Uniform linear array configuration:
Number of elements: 8
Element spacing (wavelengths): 0.5
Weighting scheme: binomial
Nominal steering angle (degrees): -60
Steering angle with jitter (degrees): -59.536
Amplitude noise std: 0.05
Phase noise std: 0.05

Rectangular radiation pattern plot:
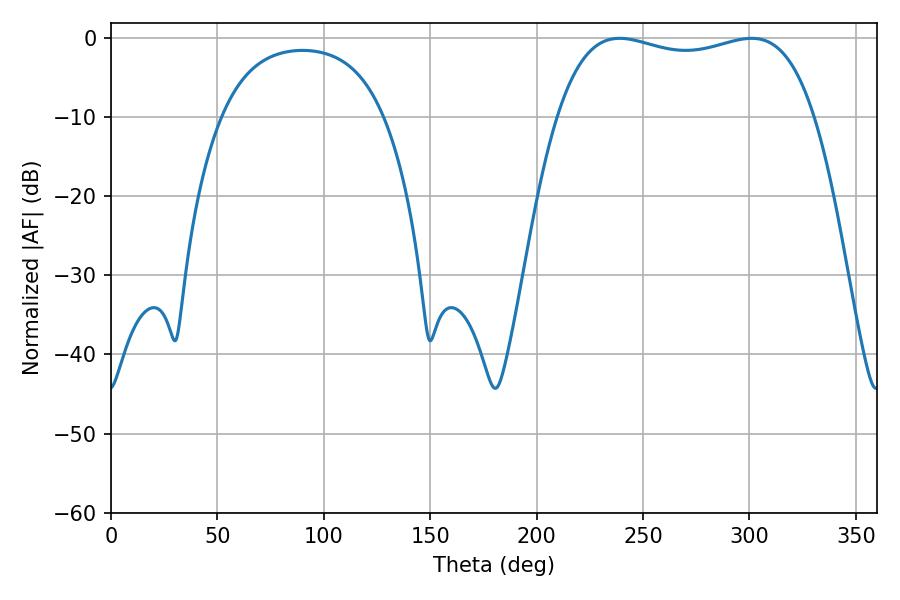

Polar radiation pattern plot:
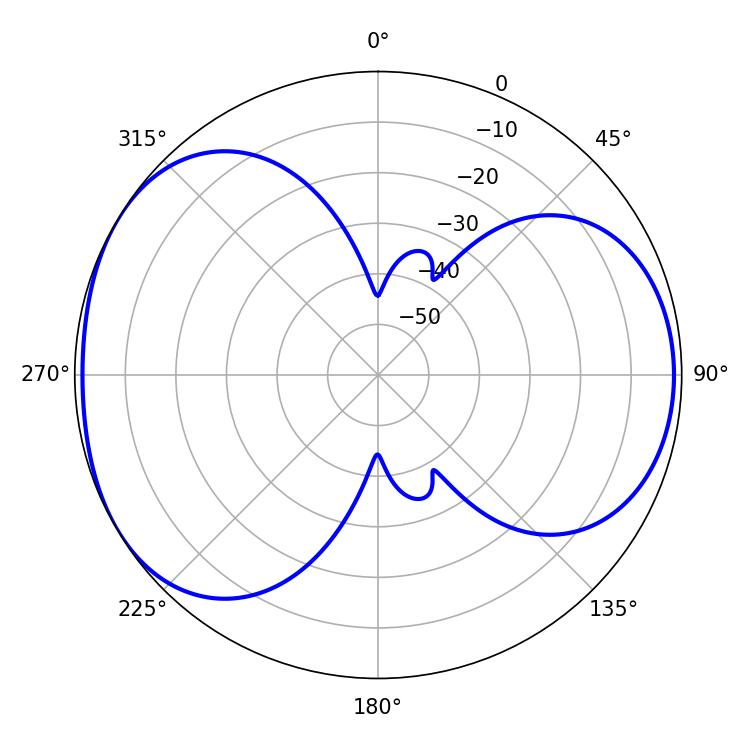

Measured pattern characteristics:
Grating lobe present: FALSE
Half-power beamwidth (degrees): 97.92
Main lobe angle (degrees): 239.04